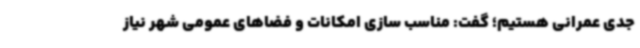
جدی عمرانی هستیم؛ گفت: مناسب سازی امکانات و فضاهای عمومی شهر نیاز